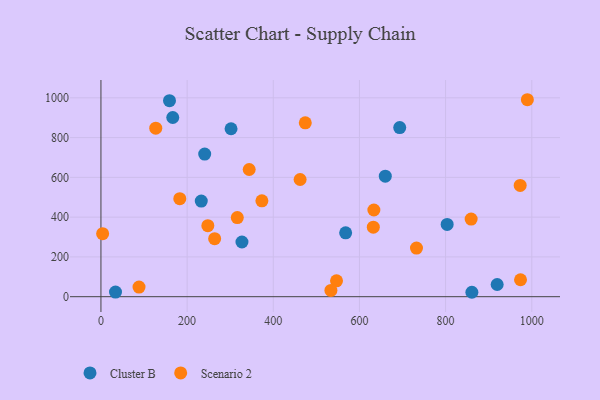
{"axis": {"x": "Experience", "y": "Yield"}, "legend": ["Cluster B", "Scenario 2"], "data": [{"x": "660.0", "y": 606.2, "type": "Cluster B"}, {"x": "166.7", "y": 901.2, "type": "Cluster B"}, {"x": "159.1", "y": 985.5, "type": "Cluster B"}, {"x": "232.9", "y": 480.6, "type": "Cluster B"}, {"x": "919.7", "y": 61.3, "type": "Cluster B"}, {"x": "568.0", "y": 321.1, "type": "Cluster B"}, {"x": "327.3", "y": 275.1, "type": "Cluster B"}, {"x": "302.0", "y": 844.6, "type": "Cluster B"}, {"x": "693.5", "y": 850.6, "type": "Cluster B"}, {"x": "33.8", "y": 23.1, "type": "Cluster B"}, {"x": "861.0", "y": 22.2, "type": "Cluster B"}, {"x": "240.8", "y": 717.2, "type": "Cluster B"}, {"x": "803.6", "y": 363.6, "type": "Cluster B"}, {"x": "344.1", "y": 639.7, "type": "Scenario 2"}, {"x": "373.6", "y": 482.1, "type": "Scenario 2"}, {"x": "632.2", "y": 349.6, "type": "Scenario 2"}, {"x": "989.8", "y": 990.5, "type": "Scenario 2"}, {"x": "263.9", "y": 291.7, "type": "Scenario 2"}, {"x": "88.4", "y": 48.1, "type": "Scenario 2"}, {"x": "546.8", "y": 79.7, "type": "Scenario 2"}, {"x": "3.9", "y": 316.8, "type": "Scenario 2"}, {"x": "973.1", "y": 559.4, "type": "Scenario 2"}, {"x": "462.3", "y": 589.4, "type": "Scenario 2"}, {"x": "474.3", "y": 874.5, "type": "Scenario 2"}, {"x": "533.8", "y": 31.7, "type": "Scenario 2"}, {"x": "248.1", "y": 357.3, "type": "Scenario 2"}, {"x": "633.5", "y": 436.0, "type": "Scenario 2"}, {"x": "732.4", "y": 244.7, "type": "Scenario 2"}, {"x": "316.5", "y": 397.7, "type": "Scenario 2"}, {"x": "127.2", "y": 847.6, "type": "Scenario 2"}, {"x": "973.9", "y": 85.1, "type": "Scenario 2"}, {"x": "183.0", "y": 493.1, "type": "Scenario 2"}, {"x": "859.3", "y": 390.5, "type": "Scenario 2"}]}